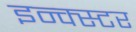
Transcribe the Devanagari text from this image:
इन्क्स्टर